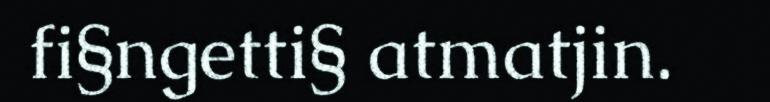
fi§ngetti§ atmatjin.